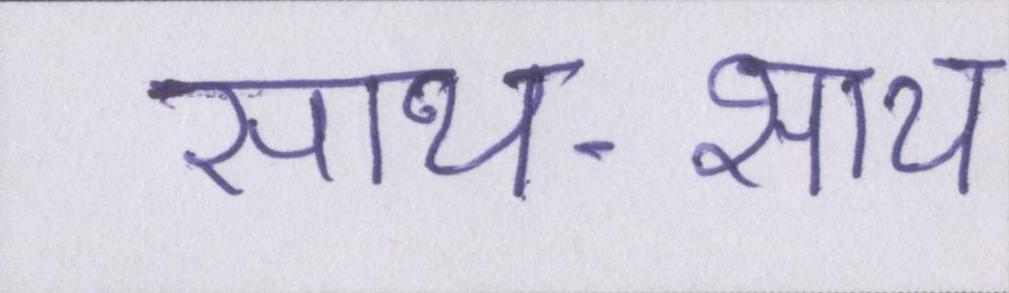
साथ-साथ